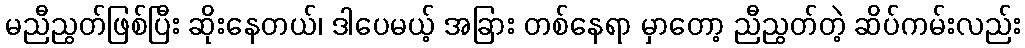
မညီညွတ်ဖြစ်ပြီး ဆိုးနေတယ်၊ ဒါပေမယ့် အခြား တစ်နေရာ မှာတော့ ညီညွတ်တဲ့ ဆိပ်ကမ်းလည်း